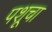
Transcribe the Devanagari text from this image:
पशूचा